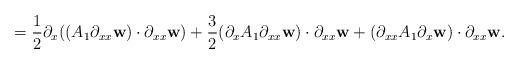
LaTeX: \begin{align*}= \frac{1}{2}\partial_{x}((A_{1}\partial_{xx}\textbf{w}) \cdot \partial_{xx}\textbf{w}) + \frac{3}{2}(\partial_{x}A_{1}\partial_{xx}\textbf{w}) \cdot \partial_{xx}\textbf{w} + (\partial_{xx}A_{1}\partial_{x}\textbf{w}) \cdot \partial_{xx}\textbf{w}.\end{align*}